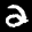
Label: 2